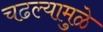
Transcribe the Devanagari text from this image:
चढल्यामुळे